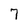
Character: 7